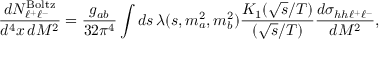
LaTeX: { \frac { d N _ { \ell ^ { + } \ell ^ { - } } ^ { \mathrm { B o l t z } } } { d ^ { 4 } x \, d M ^ { 2 } } } = { \frac { g _ { a b } } { 3 2 \pi ^ { 4 } } } \int d s \, \lambda ( s , m _ { a } ^ { 2 } , m _ { b } ^ { 2 } ) { \frac { K _ { 1 } ( \sqrt { s } / T ) } { ( \sqrt { s } / T ) } } { \frac { d \sigma _ { h h \ell ^ { + } \ell ^ { - } } } { d M ^ { 2 } } } ,